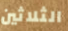
الثلاثين